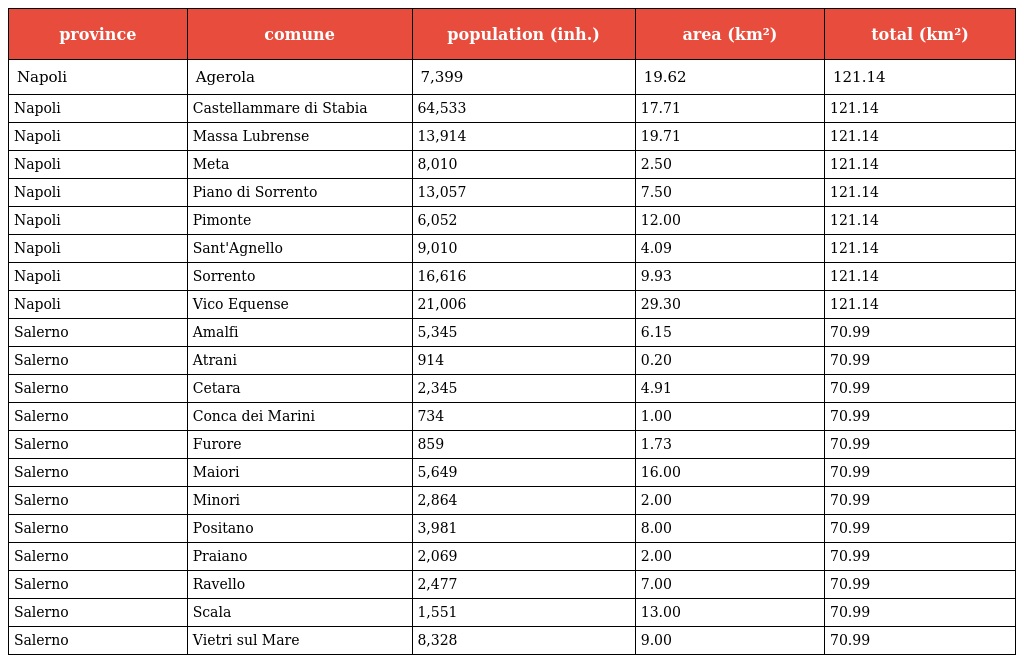
| province | comune | population (inh.) | area (km²) | total (km²) |
 | --- | --- | --- | --- | --- |
 | Napoli | Agerola | 7,399 | 19.62 | 121.14 |
 | Napoli | Castellammare di Stabia | 64,533 | 17.71 | 121.14 |
 | Napoli | Massa Lubrense | 13,914 | 19.71 | 121.14 |
 | Napoli | Meta | 8,010 | 2.50 | 121.14 |
 | Napoli | Piano di Sorrento | 13,057 | 7.50 | 121.14 |
 | Napoli | Pimonte | 6,052 | 12.00 | 121.14 |
 | Napoli | Sant'Agnello | 9,010 | 4.09 | 121.14 |
 | Napoli | Sorrento | 16,616 | 9.93 | 121.14 |
 | Napoli | Vico Equense | 21,006 | 29.30 | 121.14 |
 | Salerno | Amalfi | 5,345 | 6.15 | 70.99 |
 | Salerno | Atrani | 914 | 0.20 | 70.99 |
 | Salerno | Cetara | 2,345 | 4.91 | 70.99 |
 | Salerno | Conca dei Marini | 734 | 1.00 | 70.99 |
 | Salerno | Furore | 859 | 1.73 | 70.99 |
 | Salerno | Maiori | 5,649 | 16.00 | 70.99 |
 | Salerno | Minori | 2,864 | 2.00 | 70.99 |
 | Salerno | Positano | 3,981 | 8.00 | 70.99 |
 | Salerno | Praiano | 2,069 | 2.00 | 70.99 |
 | Salerno | Ravello | 2,477 | 7.00 | 70.99 |
 | Salerno | Scala | 1,551 | 13.00 | 70.99 |
 | Salerno | Vietri sul Mare | 8,328 | 9.00 | 70.99 |